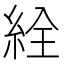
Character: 絟